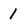
Character: 1